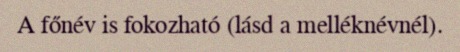
A főnév is fokozható (lásd a melléknévnél).